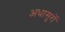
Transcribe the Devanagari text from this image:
अधासुरों